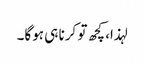
لہذا، کچھ تو کرنا ہی ہوگا۔